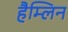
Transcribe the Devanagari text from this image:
हैम्लिन